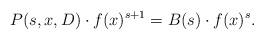
LaTeX: \begin{align*}P(s,x,D)\cdot f(x)^{s+1}=B(s)\cdot f(x)^s.\end{align*}